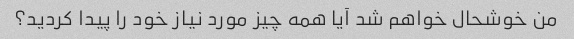
من خوشحال خواهم شد آیا همه چیز مورد نیاز خود را پیدا کردید؟